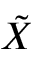
\tilde { X }